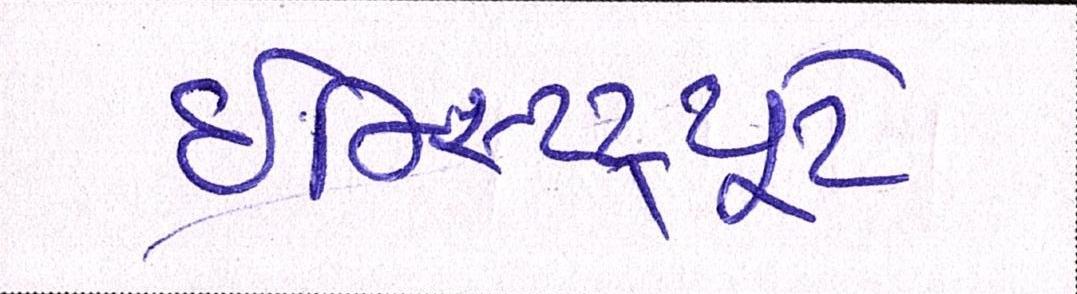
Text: ઇન્સ્ટિટ્યૂટે